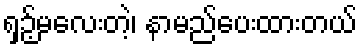
ရှဉ့်မလေးတဲ့၊ နာမည်ပေးထားတယ်